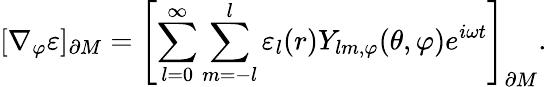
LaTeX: [\nabla_{\varphi}\varepsilon]_{\partial M}=\left[\sum_{l=0}^{\infty}\sum_{m=-l}^{l}\varepsilon_{l}(r)Y_{lm,\varphi}(\theta,\varphi)e^{i\omega t}\right]_{\partial M}.